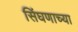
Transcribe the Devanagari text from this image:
सिंघणाच्या